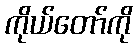
ကိုယ်တော်ကို